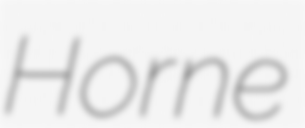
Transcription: Horne